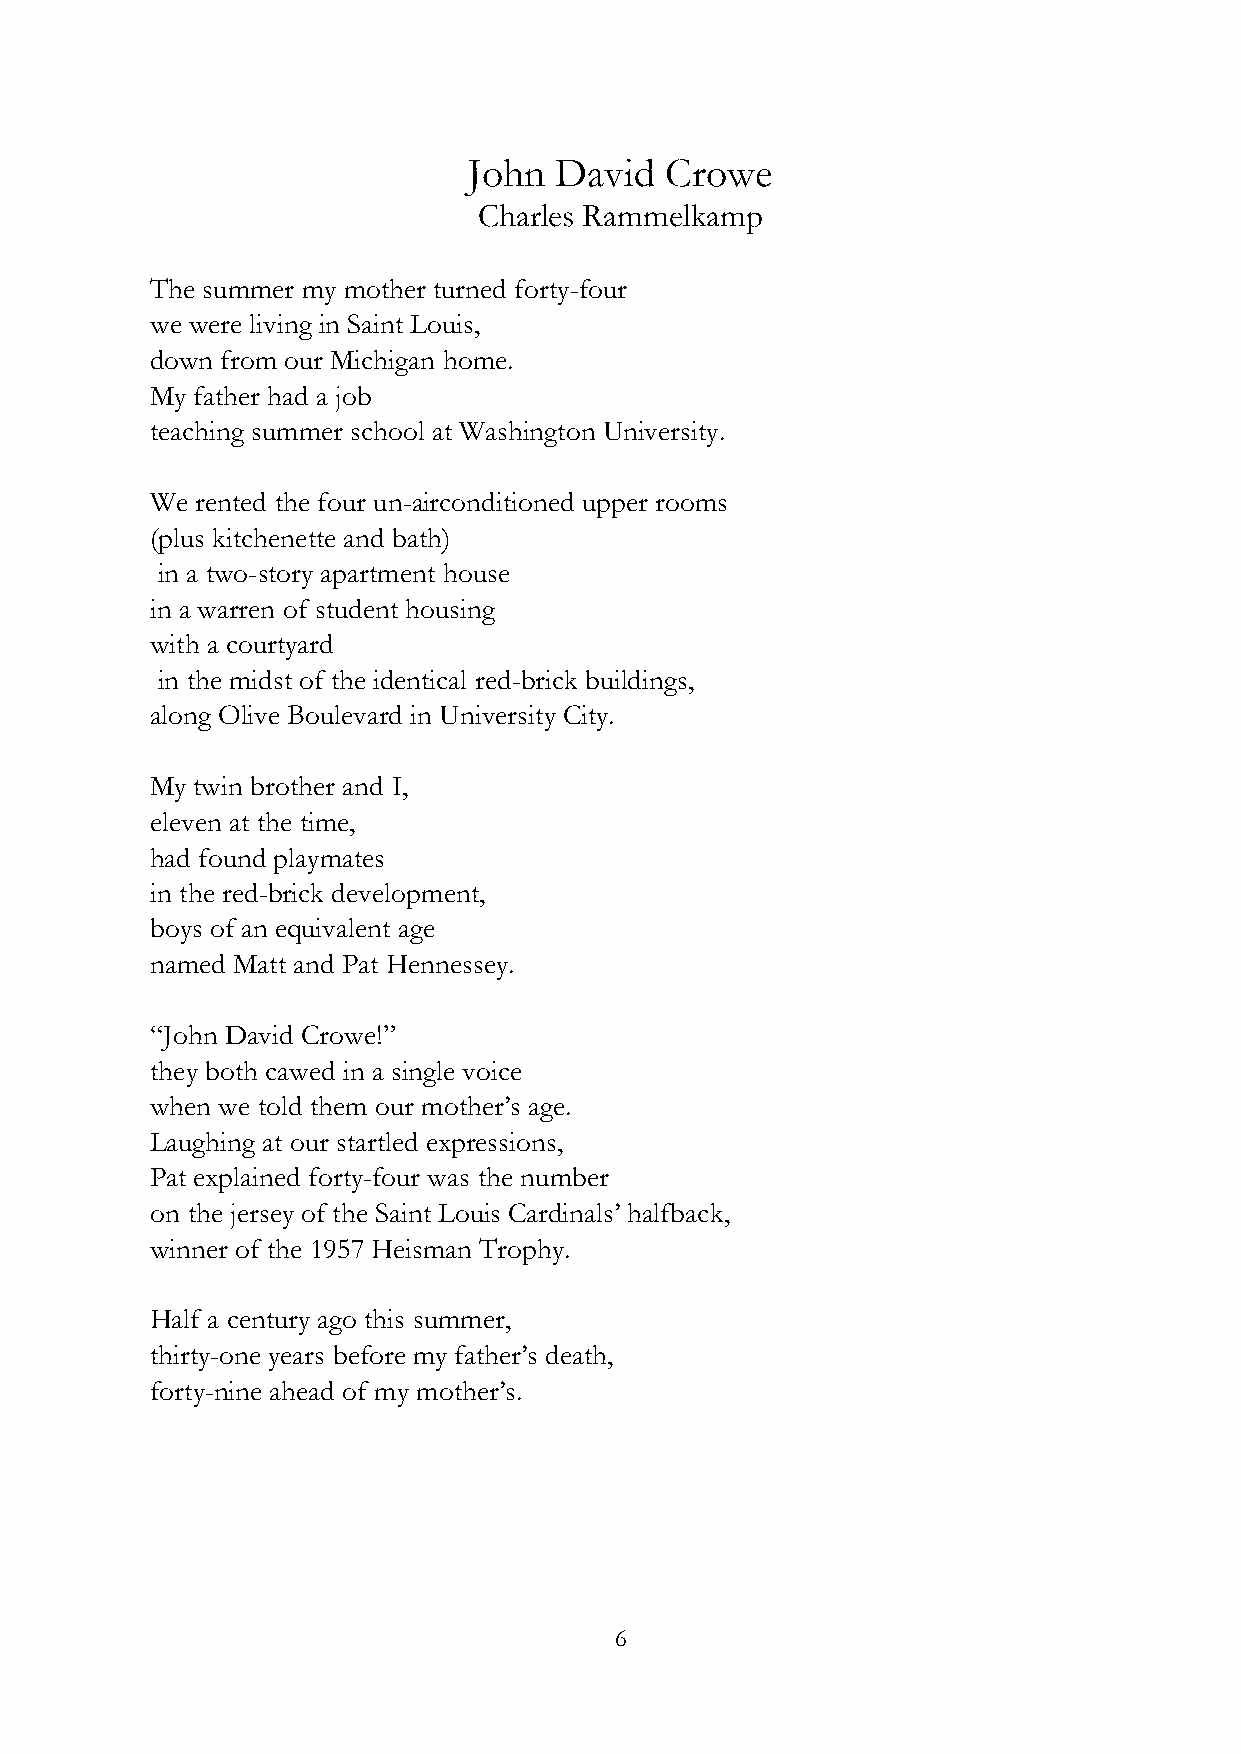
John  David  Crowe
 Charles Rammelkamp
 The summer my mother turned forty-four
 we were living in Saint Louis,
 down from our Michigan home.
 My father had a job
 teaching summer school at Washington University.
 We rented the four un-airconditioned upper rooms
 (plus kitchenette and bath)
 in a two-story apartment house
 in a warren of student housing
 with a courtyard
 in the midst of the identical red-brick buildings,
 along Olive Boulevard in University City.
 My twin brother and I,
 eleven at the time,
 had found playmates
 in the red-brick development,
 boys of an equivalent age
 named Matt and Pat Hennessey.
 “John David Crowe!”
 they both cawed in a single voice
 when we told them our mother’s age.
 Laughing at our startled expressions,
 Pat explained forty-four was the number
 on the jersey of the Saint Louis Cardinals’ halfback,
 winner of the 1957 Heisman Trophy.
 Half a century ago this summer,
 thirty-one years before my father’s death,
 forty-nine ahead of my mother’s.
 6